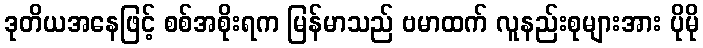
ဒုတိယအနေဖြင့် စစ်အစိုးရက မြန်မာသည် ဗမာထက် လူနည်းစုများအား ပိုမို